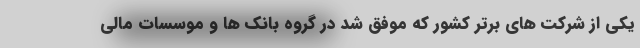
یکی از شرکت های برتر کشور که موفق شد در گروه بانک ها و موسسات مالی